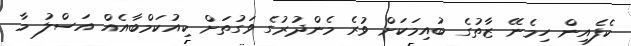
ކެފެއިން ހިމެނޭ ޒާތުގެ ބުއިމަކަށް ވުރެ މެންދުރުގެ ވަގުތަށް ކިއުކަމްބާއެއް އަސްލު މާ